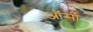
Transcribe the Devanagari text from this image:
ऑर्सी